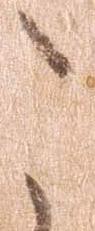
こ